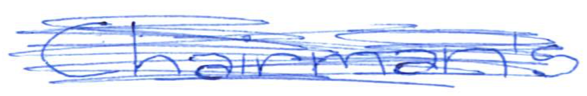
Text: Chairman's
Cross-out: mix
Writing tool: ballpoint